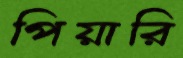
পিয়ারি